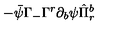
- \bar { \psi } \Gamma _ { - } \Gamma ^ { r } \partial _ { b } \psi \hat { \Pi } _ { r } ^ { b }